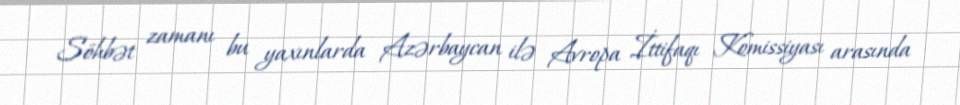
Söhbət zamanı bu yaxınlarda Azərbaycan ilə Avropa İttifaqı Komissiyası arasında